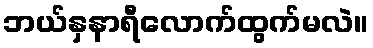
ဘယ်နှနာရီလောက်ထွက်မလဲ။